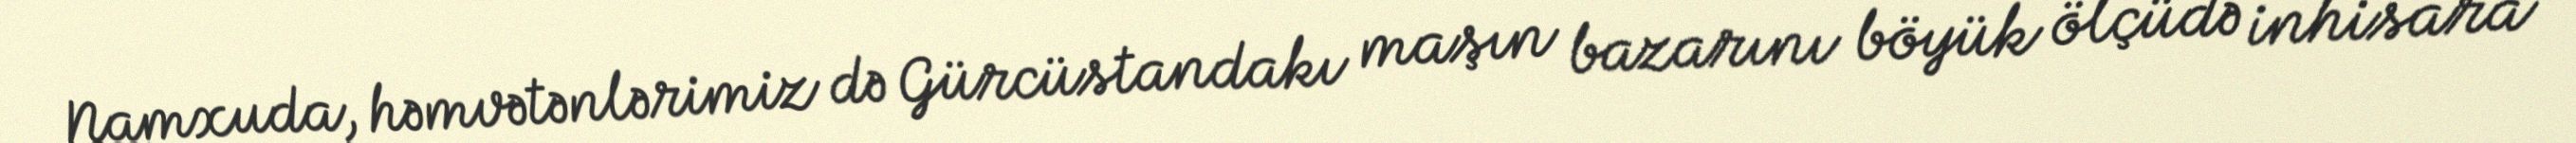
Namxuda, həmvətənlərimiz də Gürcüstandakı maşın bazarını böyük ölçüdə inhisara